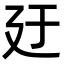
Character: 𪪬